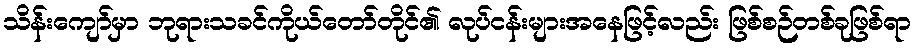
သိန်းကျော်မှာ ဘုရားသခင်ကိုယ်တော်တိုင်၏ လုပ်ငန်းများအနေဖြင့်လည်း ဖြစ်စဉ်တစ်ခုဖြစ်ရာ